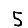
Digit: 5